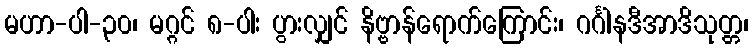
မဟာ-ပါ-၃၀၊ မဂ္ဂင် ၈-ပါး ပွားလျှင် နိဗ္ဗာန်ရောက်ကြောင်း၊ ဂင်္ဂါနဒီအာဒိသုတ္တ၊